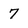
Character: 7